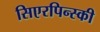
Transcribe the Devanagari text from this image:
सिएरपिन्स्की